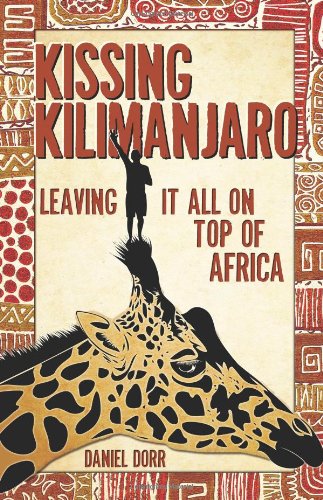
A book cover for Kissing Kilimanjaro: Leaving It All on Top of Africa; Daniel Dorr; Travel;